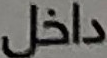
داخل